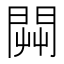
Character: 𨴔